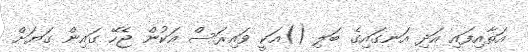
އަތާއިފައި އަދި އަނގައިގެ ބަލި ()އަކީ ވައިރަސް އަކުން ޖެހޭ ގައިން ގަޔަށް